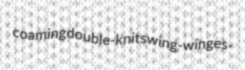
coaming double-knit swing-wing es-